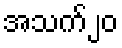
အသက်၂၀